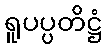
ရူပပ္ပတိဋ္ဌံ